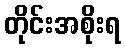
တိုင်းအစိုးရ